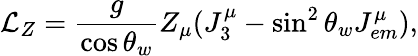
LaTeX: \mathcal{L}_{Z}=\frac{g}{\cos\theta_{w}}Z_{\mu}(J_{3}^{\mu}-\sin^{2}\theta_{w}J_{em}^{\mu}),